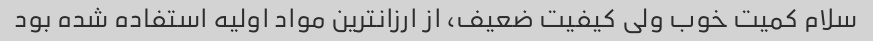
سلام کمیت خوب ولی کیفیت ضعیف، از ارزانترین مواد اولیه استفاده شده بود